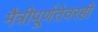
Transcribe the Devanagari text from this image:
मैत्रीपूर्णतेवरही